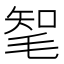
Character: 㲛